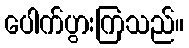
ပေါက်ပွားကြသည်။